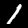
Label: 1